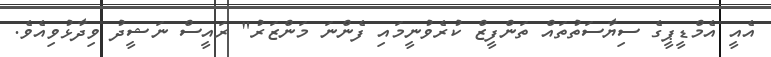
އެއީ އެމްޑީޕީގެ ސިޔާސަތުތައް ތަންފީޒް ކުރެވުނީމައި ފެންނަ މަންޒަރު" ރައީސް ނަޝީދު ވިދާޅުވިއެވެ.